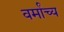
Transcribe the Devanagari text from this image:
वर्मांच्य